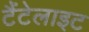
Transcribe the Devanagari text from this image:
टैंटेलाइट